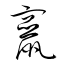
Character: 竄